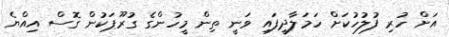
އަށް ހުރި ފުލުހުކަށް ހަމަލާދީފައި ވަނީ ތިން މީހުންގެ ގުރޫޕަކުން ގޮސް އިއްޔެ